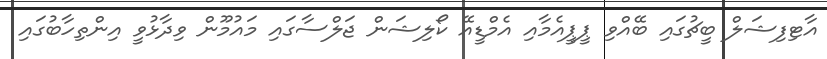
އާޓިފިޝަލް ބީޗުގައި ބޭއްވި ޕީޕީއެމާއި އެމްޑީއޭ ކޯލިޝަން ޖަލްސާގައި މައުމޫން ވިދާޅުވީ އިންތިހާބުގައި